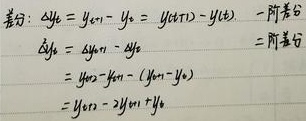
差分：\(\Delta y_t=y_{t + 1}-y_t=y(t + 1)-y(t)\)

一阶差分：\(\Delta^2y_t=\Delta y_{t+1}-\Delta y_t\)

二阶差分：
\[
\begin{align*}
&=y_{t + 2}-y_{t+1}-(y_{t + 1}-y_t)\\
&=y_{t + 2}-2y_{t+1}+y_t
\end{align*}
\]